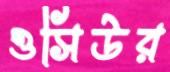
ওসিউর